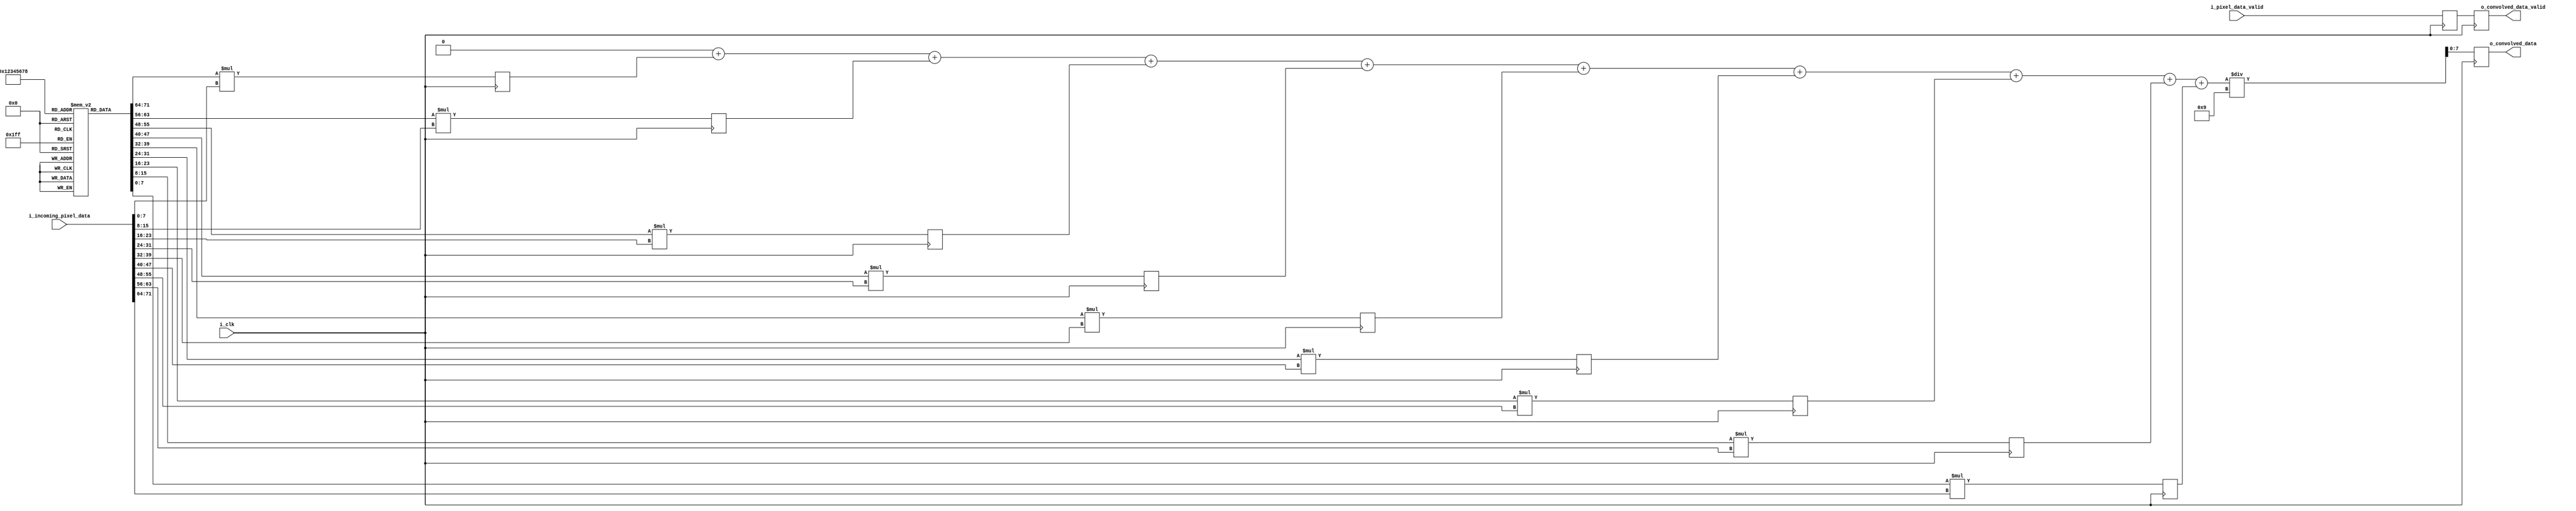
`timescale 1ns / 1ps
//////////////////////////////////////////////////////////////////////////////////
// Company: 
// Engineer: 
// 
// Design Name: 
// Module Name: convModule
// Project Name: 
// Target Devices: 
// Tool Versions: 
// Description: 
// 
// Dependencies: 
// 
// Revision:
// Revision 0.01 - File Created
// Additional Comments:
// 
//////////////////////////////////////////////////////////////////////////////////


module convModule(
input i_clk,
input [71:0] i_incoming_pixel_data,
input i_pixel_data_valid,
output reg [7:0] o_convolved_data,
output reg o_convolved_data_valid
    );
    
    integer i;
    reg [7:0] kernel [8:0]; // 8 bit wide kernel with a depth of 9 bits, 2-D kernel
    reg [15:0] o_multiplication [8:0]; // 16 bit wide as we multiply 8 bit data of kernel with 8 bit data of pixel
    reg [15:0] sumDataInt;
    reg [15:0] sumData;
    reg o_multiplication_data_valid;
    reg sumData_data_valid;
    reg convolved_data_valid;
    
    initial
    begin
        for(i=0;i<9;i=i+1)
        begin
            kernel[i] = 1;
        end
    end
    
    // Pipelining Level 01
    always @(posedge i_clk)
    begin
        for(i=0;i<=9;i=i+1)
        begin
            o_multiplication[i] = kernel[i]*i_incoming_pixel_data[i*8+:8];
        end
        o_multiplication_data_valid <= i_pixel_data_valid;
    end
    
    always @(*)
    begin
        sumData = 0;
        for(i=0;i<9;i=i+1)
        begin
            sumData = sumData + o_multiplication[i];
        end
    end
    
    // Pipelining Level 02
    always @(i_clk)
    begin
        sumData <= sumDataInt;
        sumData_data_valid <= o_multiplication_data_valid;
    end
    
    // Pipelining Level 03
    always @(posedge i_clk)
    begin
        o_convolved_data <= sumData/9;
        o_convolved_data_valid <= sumData_data_valid;
    end
    
endmodule